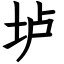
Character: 垆